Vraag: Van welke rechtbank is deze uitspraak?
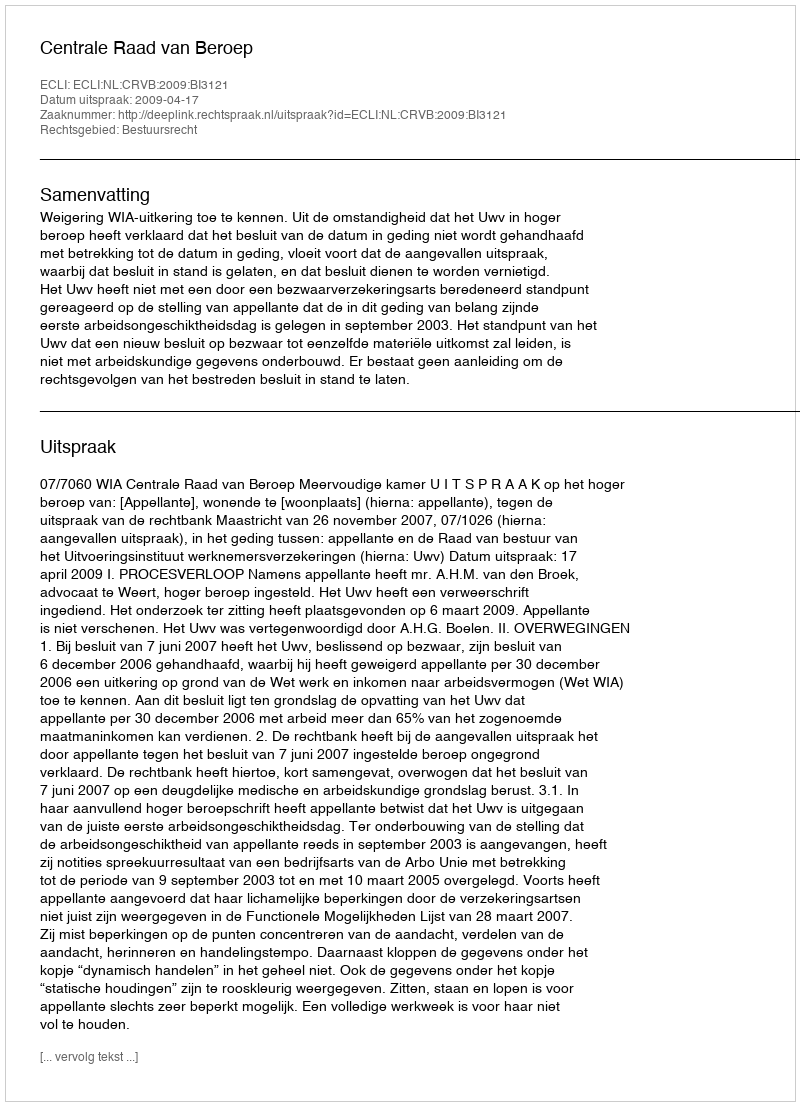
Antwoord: Centrale Raad van Beroep